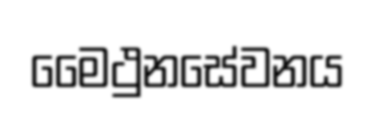
මෛථුනසේවනය